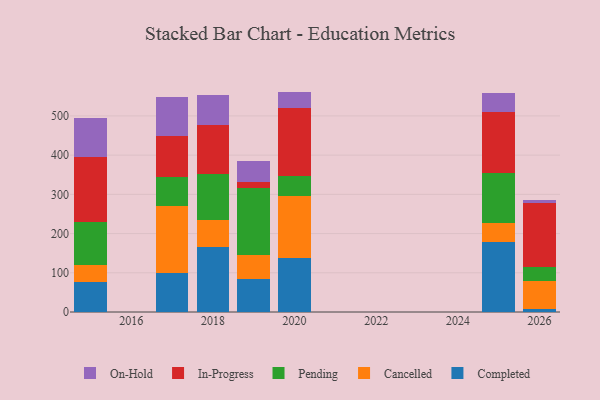
{"axis": {"x": "Year", "y": "Waste Production (Tons)"}, "legend": ["Cancelled", "Completed", "In-Progress", "On-Hold", "Pending"], "data": [{"x": "2019", "y": 83.6, "type": "Completed"}, {"x": "2019", "y": 61.0, "type": "Cancelled"}, {"x": "2019", "y": 171.4, "type": "Pending"}, {"x": "2019", "y": 16.3, "type": "In-Progress"}, {"x": "2019", "y": 53.7, "type": "On-Hold"}, {"x": "2020", "y": 138.9, "type": "Completed"}, {"x": "2020", "y": 157.5, "type": "Cancelled"}, {"x": "2020", "y": 51.5, "type": "Pending"}, {"x": "2020", "y": 171.3, "type": "In-Progress"}, {"x": "2020", "y": 42.8, "type": "On-Hold"}, {"x": "2017", "y": 98.3, "type": "Completed"}, {"x": "2017", "y": 170.9, "type": "Cancelled"}, {"x": "2017", "y": 74.1, "type": "Pending"}, {"x": "2017", "y": 105.6, "type": "In-Progress"}, {"x": "2017", "y": 98.9, "type": "On-Hold"}, {"x": "2026", "y": 8.2, "type": "Completed"}, {"x": "2026", "y": 71.7, "type": "Cancelled"}, {"x": "2026", "y": 34.1, "type": "Pending"}, {"x": "2026", "y": 163.0, "type": "In-Progress"}, {"x": "2026", "y": 9.7, "type": "On-Hold"}, {"x": "2018", "y": 166.1, "type": "Completed"}, {"x": "2018", "y": 68.3, "type": "Cancelled"}, {"x": "2018", "y": 118.6, "type": "Pending"}, {"x": "2018", "y": 124.2, "type": "In-Progress"}, {"x": "2018", "y": 75.9, "type": "On-Hold"}, {"x": "2025", "y": 178.3, "type": "Completed"}, {"x": "2025", "y": 49.0, "type": "Cancelled"}, {"x": "2025", "y": 128.2, "type": "Pending"}, {"x": "2025", "y": 155.2, "type": "In-Progress"}, {"x": "2025", "y": 48.8, "type": "On-Hold"}, {"x": "2015", "y": 76.3, "type": "Completed"}, {"x": "2015", "y": 44.1, "type": "Cancelled"}, {"x": "2015", "y": 108.0, "type": "Pending"}, {"x": "2015", "y": 166.7, "type": "In-Progress"}, {"x": "2015", "y": 100.8, "type": "On-Hold"}]}